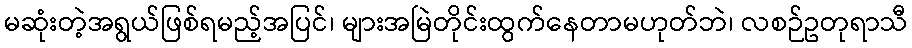
မဆုံးတဲ့အရွယ်ဖြစ်ရမည့်အပြင်၊ များအမြဲတိုင်းထွက်နေတာမဟုတ်ဘဲ၊ လစဉ်ဥတုရာသီ